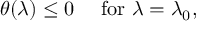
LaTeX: \theta ( \lambda ) \leq 0 ~ ~ ~ ~ \mathrm { f o r } ~ \lambda = \lambda _ { 0 } ,